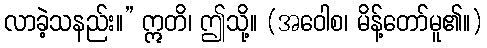
လာခဲ့သနည်း။” ဣတိ၊ ဤသို့။ (အဝေါစ၊ မိန့်တော်မူ၏။)